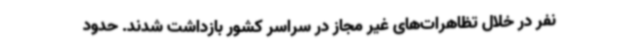
نفر در خلال تظاهرات‌های غیر مجاز در سراسر کشور بازداشت شدند. حدود